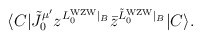
\begin{align*}\langle C | {\tilde J}_0^{\mu'} z^{L_0^{\rm WZW}\vert_B} {\bar z}^{{\tilde L}_0^{\rm WZW}\vert_B} | C \rangle.\end{align*}